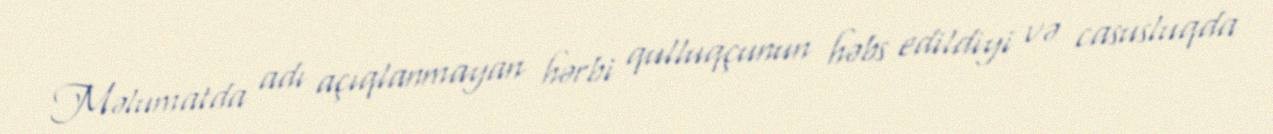
Məlumatda adı açıqlanmayan hərbi qulluqçunun həbs edildiyi və casusluqda